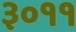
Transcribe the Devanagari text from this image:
३०११